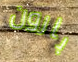
بارون